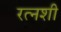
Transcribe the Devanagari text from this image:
रत्नशी